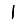
Digit: 1